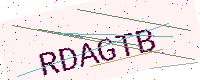
Text: RDAGTB